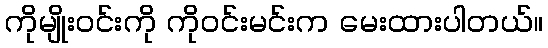
ကိုမျိုးဝင်းကို ကိုဝင်းမင်းက မေးထားပါတယ်။